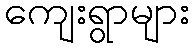
ကျေးရွာများ